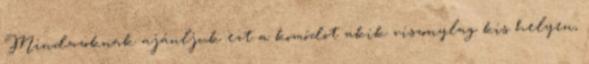
Mindazoknak ajánljuk ezt a komódot akik viszonylag kis helyen,